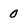
Character: 0